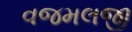
વજમલજી